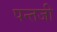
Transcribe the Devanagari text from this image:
पन्तजी